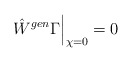
\begin{align*} \hat W^{gen} {\Gamma} \Big|_{\chi =0 } = 0\end{align*}